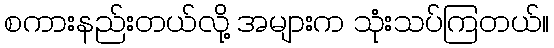
စကားနည်းတယ်လို့ အများက သုံးသပ်ကြတယ်။